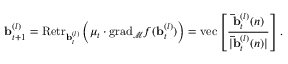
\mathbf { b } _ { t + 1 } ^ { ( l ) } = \mathrm { R e t r } _ { \mathbf { b } _ { t } ^ { ( l ) } } \left( \mu _ { t } \cdot \mathrm { g r a d } _ { \mathcal { M } } f ( \mathbf { b } _ { t } ^ { ( l ) } ) \right) = \mathrm { v e c } \left[ \frac { \mathbf { \bar { b } } _ { t } ^ { ( l ) } ( n ) } { | \mathbf { \bar { b } } _ { t } ^ { ( l ) } ( n ) | } \right] .